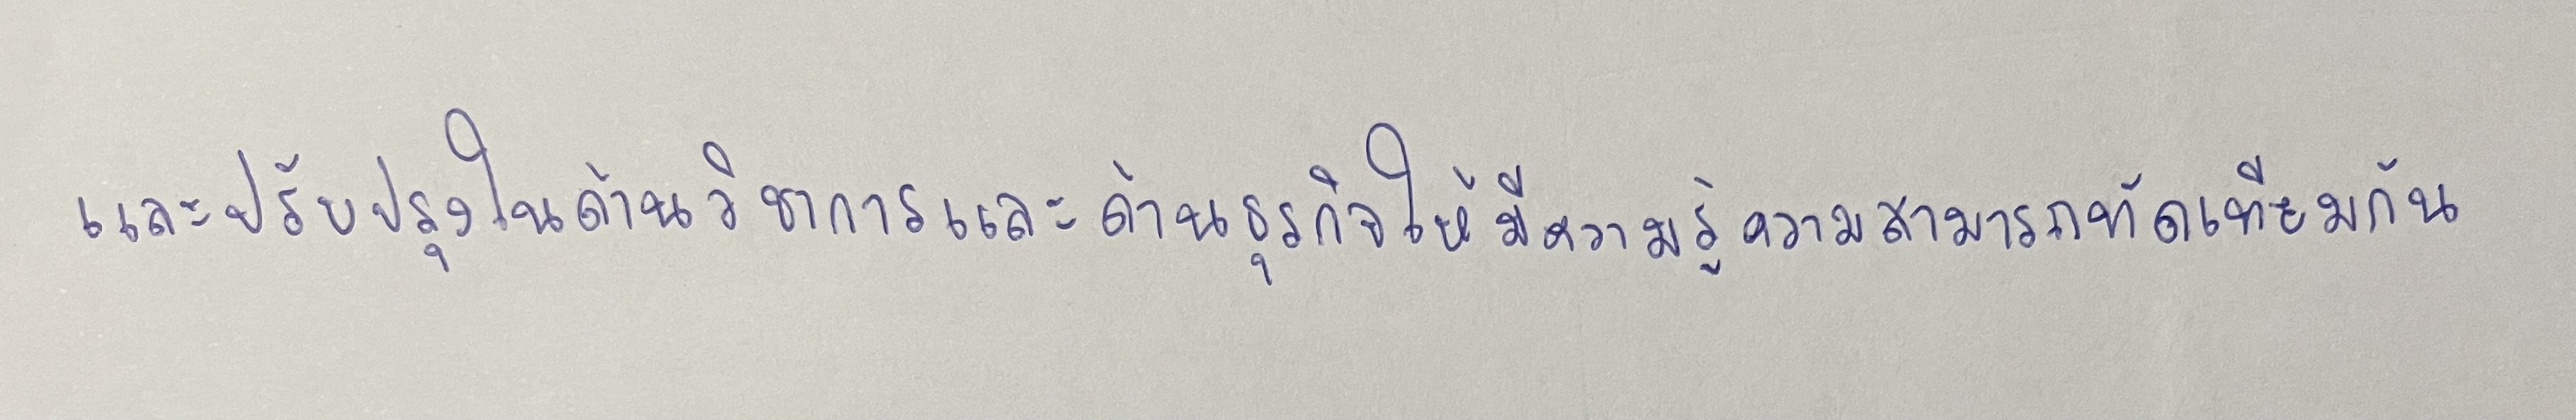
และปรับปรุงในด้านวิชาการและด้านธุรกิจให้มีความรู้ความสามารถทัดเทียมกัน